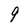
Character: 9